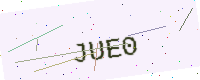
Text: JUE0